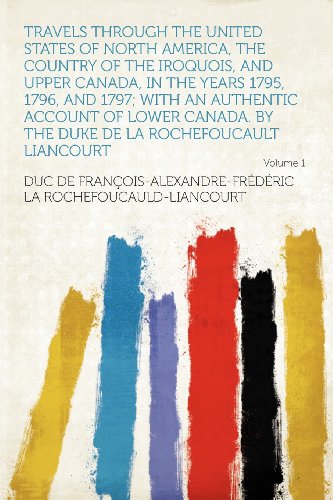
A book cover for Travels Through the United States of North America, the Country of the Iroquois, and Upper Canada, in the Years 1795, 1796, and 1797; With an ... Duke De La Rochefoucault Liancourt Volume 1; duc de FranÃ§oi Rochefoucauld-Liancourt; History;